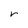
Character: r